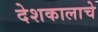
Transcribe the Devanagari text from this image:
देशकालाचे